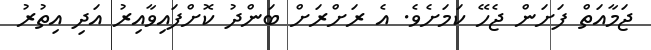
ޖަމާއަތް ފަށަން ޖެހޭ ކަމަށެވެ. އެ ރަށްރަށް ބަންދު ކޮށްފައިވާއިރު އަދި އިތުރު